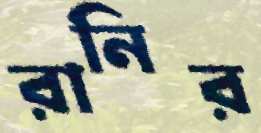
রানির